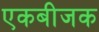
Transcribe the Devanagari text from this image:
एकबीजक